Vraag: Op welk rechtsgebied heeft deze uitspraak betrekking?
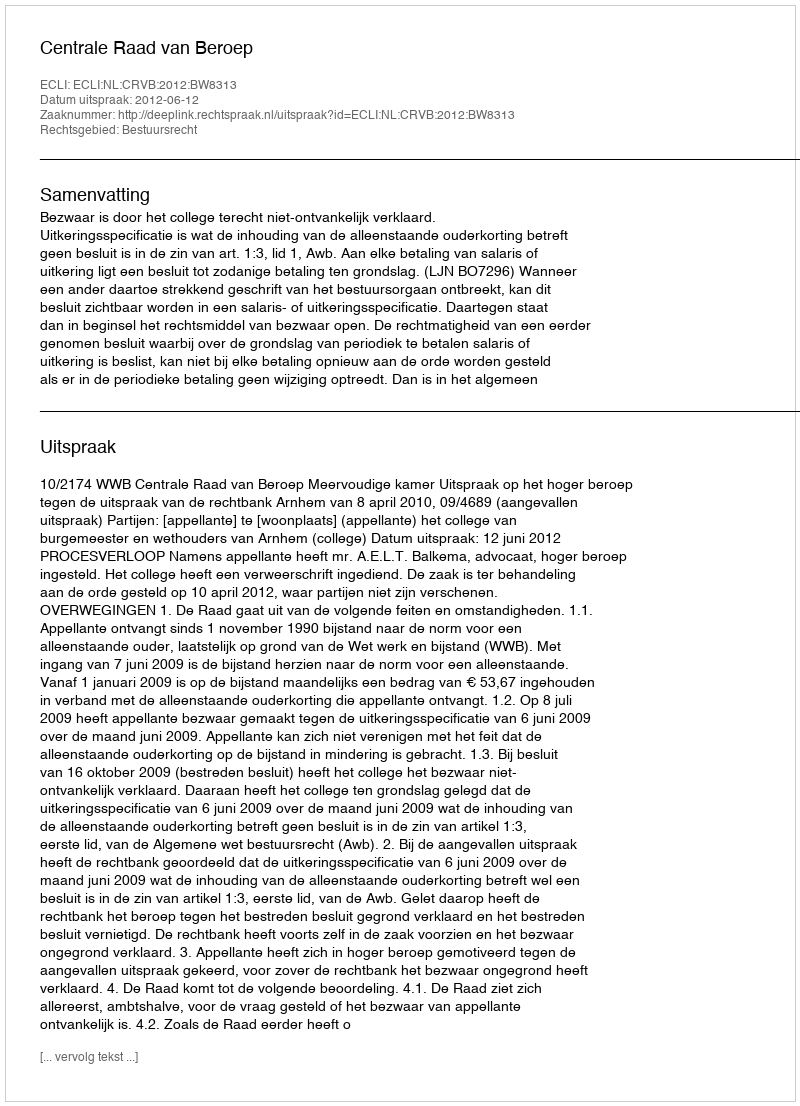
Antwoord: Bestuursrecht